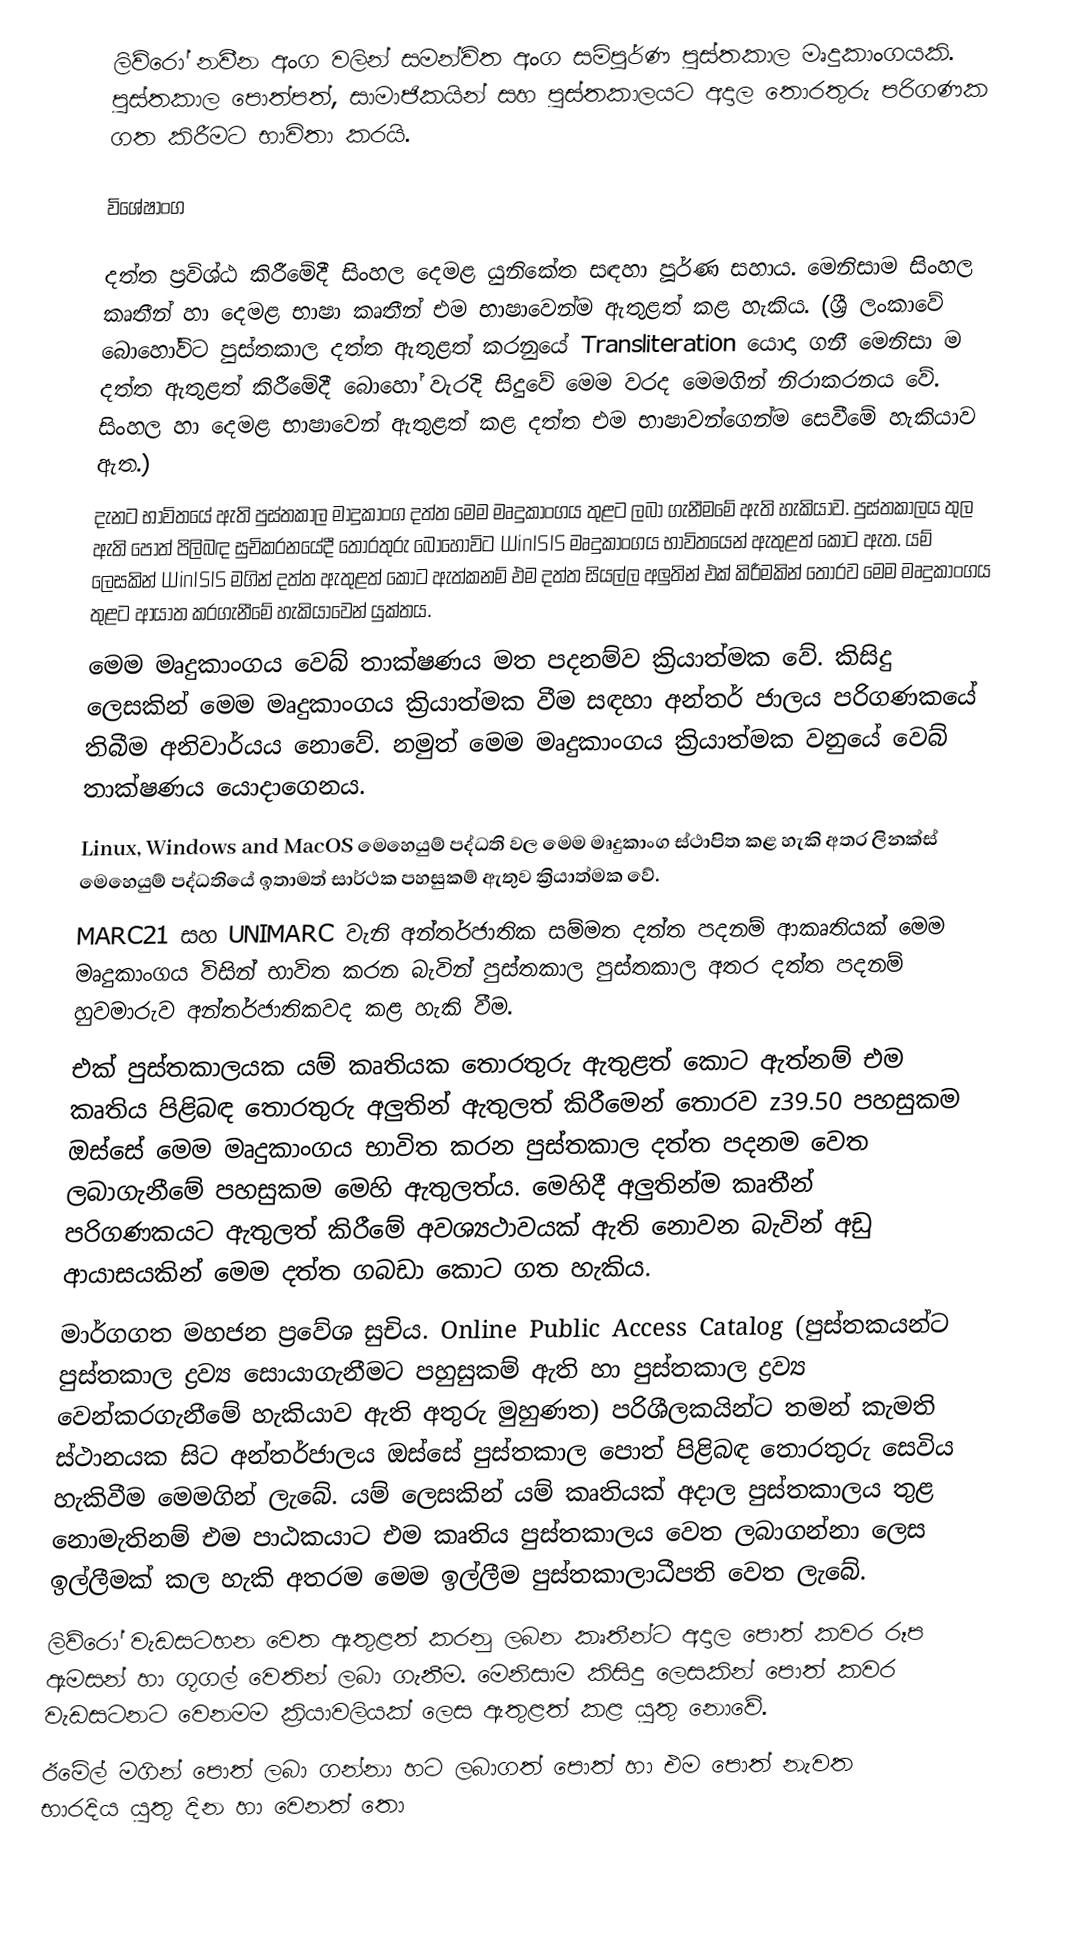
ලිව්රෝ නවීන අංග වලින් සමන්විත අංග සම්පූර්ණ පුස්තකාල මෘදුකාංගයකි. පුස්තකාල පොත්පත්, සාමාජිකයින් සහ පුස්තකාලයට අදාල තොරතුරු පරිගණක ගත කිරීමට භාවිතා කරයි.

විශේෂාංග

දත්ත ප්‍රවිශ්ඨ කිරීමේදී සිංහල දෙමළ යුනිකේත සඳහා පූර්ණ සහාය. මෙනිසාම සිංහල කෘතීන් හා දෙමළ භාෂා කෘතීන් එම භාෂාවෙන්ම ඇතුළත් කළ හැකිය. (ශ්‍රී ලංකාවේ බොහෝවිට පුස්තකාල දත්ත ඇතුළත් කරනුයේ Transliteration යොදා ගනී මෙනිසා ම දත්ත ඇතුළත් කිරීමේදී බොහෝ වැරදි සිදුවේ මෙම වරද මෙමගින් නිරාකරන‍ය වේ. සිංහල හා දෙමළ භාෂාවෙන් ඇතුළත් කළ දත්ත එම භාෂාවන්ගෙන්ම සෙවීමේ හැකියාව ඇත.)
දැනට භාවිතයේ ඇති පුස්තකාල මාදුකාංග දත්ත මෙම මෘදුකාංගය තුළට ලබා ගැනීමමේ ඇති හැකියාව. පුස්තකාලය තුල ඇති පොත් පිලිබඳ සුචිකරනයේදී තොරතුරු බොහෝවිට WinISIS මෘදුකාංගය භාවි‍තයෙන් ඇතුළත් කොට ඇත. යම් ලෙසකින් WinISIS මගින් දත්ත ඇතුළත් කොට ඇත්කනම් එම දත්ත සියල්ල අලුතින් එක් කිරීමකින් තොරව මෙම මෘදුකාංගය තුළට ආයාත කරගැනීමේ හැකියාවෙන් යුක්තය.
මෙම මෘදුකාංගය වෙබ් තාක්ෂණය මත පදනම්ව ක්‍රියාත්මක වේ.  කිසිදු ලෙසකින් මෙම මෘදුකාංගය ක්‍රියාත්මක වීම සඳහා අන්තර් ජාලය පරිගණකයේ තිබීම අනිවාර්යය නොවේ. නමුත් මෙම මෘදුකාංගය ක්‍රියාත්මක වනුයේ වෙබ් තාක්ෂණය යොදාගෙනය.
Linux, Windows and MacOS මෙහෙයුම් පද්ධති වල මෙම මෘදුකාංග ස්ථාපිත කළ හැකි අතර  ලිනක්ස් මෙහෙයුම් පද්ධතියේ ඉතාමත් සාර්ථක පහසුකම් ‍ඇතුව ක්‍රියාත්මක වේ.
MARC21 සහ UNIMARC වැනි අන්තර්ජාතික සම්මත දත්ත පදනම් ආකෘතියක් මෙම මෘදුකාංගය විසින් භාවිත කරන බැවින් පුස්තකාල පුස්තකාල අතර දත්ත පදනම් හුවමාරුව අන්තර්ජාතිකවද කළ හැකි වීම.
එක් පුස්තකාලයක යම් කෘතියක තොරතුරු ඇතුළත් කොට ඇත්නම් එම කෘතිය පිළිබඳ තොරතුරු අලුතින් ඇතුලත් කිරීමෙන් තොරව z39.50 පහසුකම ඔස්සේ මෙම මෘදුකාංගය භාවිත කරන පුස්තකාල දත්ත පදනම වෙත ලබාගැනීමේ පහසුකම මෙහි ඇතුලත්ය. මෙහිදී අලුතින්ම කෘතීන් පරිගණකයට ඇතුලත් කිරීමේ අවශ්‍යථාවයක් ඇති නොවන බැවින් අඩු ආයාසයකින් මෙම දත්ත ගබඩා කොට ගත හැකිය.
මාර්ගගත මහජන ප්‍රවේශ සුචිය. Online Public Access Catalog (පුස්තකයන්ට පුස්තකාල ද්‍රව්‍ය සොයාගැනීමට පහුසුකම් ඇති හා පුස්තකාල ද්‍රව්‍ය වෙන්කරගැනීමේ හැකියාව ඇති අතුරු මුහුණත) පරිශීලකයින්ට තමන් කැමති ස්ථානයක සිට අන්තර්ජාලය ඔස්සේ පුස්තකාල පොත් පිළිබඳ තොරතුරු සෙවිය හැකිවීම මෙමගින් ලැබේ. යම් ලෙසකින් යම් කෘතියක් ‍අදාල පුස්තකාලය තුළ නොමැතිනම් එම පාඨකයාට එම කෘතිය පුස්තකාලය වෙත ලබාගන්නා ලෙස ඉල්ලීමක් කල හැකි අතරම මෙම ඉල්ලීම පුස්තකාලාධීපති වෙත ලැබේ.
ලිව්රෝ වැඩසටහන වෙත ඇතුළත් කරනු ලබන කෘතීන්ට අදාල පොත් කවර රූප ඇමසන් හා ගූගල් වෙතින් ලබා ගැනීම. මෙනිසාම කිසිදු ලෙසකින් පොත් කවර වැඩසටනට වෙනමම ක්‍රියාවලියක් ලෙස ඇතුළත් කළ යුතු නොවේ.
ඊමේල් මගින් පොත් ලබා ගන්නා හට ලබාගත් පොත් හා එම පොත් නැවත භාරදිය යුතු දින හා වෙනත් තො